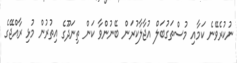
ނުކުރެވޭނެ ކަމާއި މުސްތަގުބަލް އުޖާލާކުރަން ބޭނުންވާ ކަން ތިނަދޫގެ އިތުރުން މުޅި ރާއްޖޭގެ